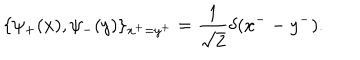
LaTeX: \{ \psi _ { + } ( x ) , \psi _ { - } ( y ) \} _ { x ^ { + } = y ^ { + } } = \frac { 1 } { \sqrt 2 } \delta ( x ^ { -- } y ^ { - } ) .